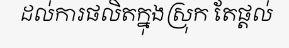
ដល់ការផលិតក្នុងស្រុក តែផ្តល់